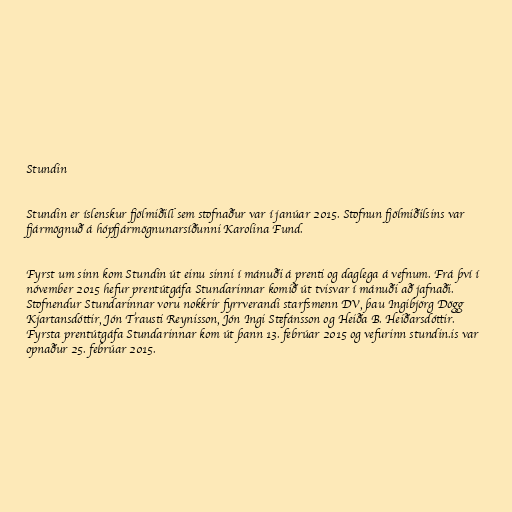
Stundin

Stundin er íslenskur fjölmiðill sem stofnaður var í janúar 2015. Stofnun fjölmiðilsins var
fjármögnuð á hópfjármögnunarsíðunni Karolina Fund.

Fyrst um sinn kom Stundin út einu sinni í mánuði á prenti og daglega á vefnum. Frá því í
nóvember 2015 hefur prentútgáfa Stundarinnar komið út tvisvar í mánuði að jafnaði.
Stofnendur Stundarinnar voru nokkrir fyrrverandi starfsmenn DV, þau Ingibjörg Dögg
Kjartansdóttir, Jón Trausti Reynisson, Jón Ingi Stefánsson og Heiða B. Heiðarsdóttir.
Fyrsta prentútgáfa Stundarinnar kom út þann 13. febrúar 2015 og vefurinn stundin.is var
opnaður 25. febrúar 2015.